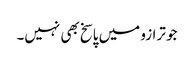
جو ترازو میں پاسخ بھی نہیں۔